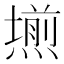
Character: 𭶊